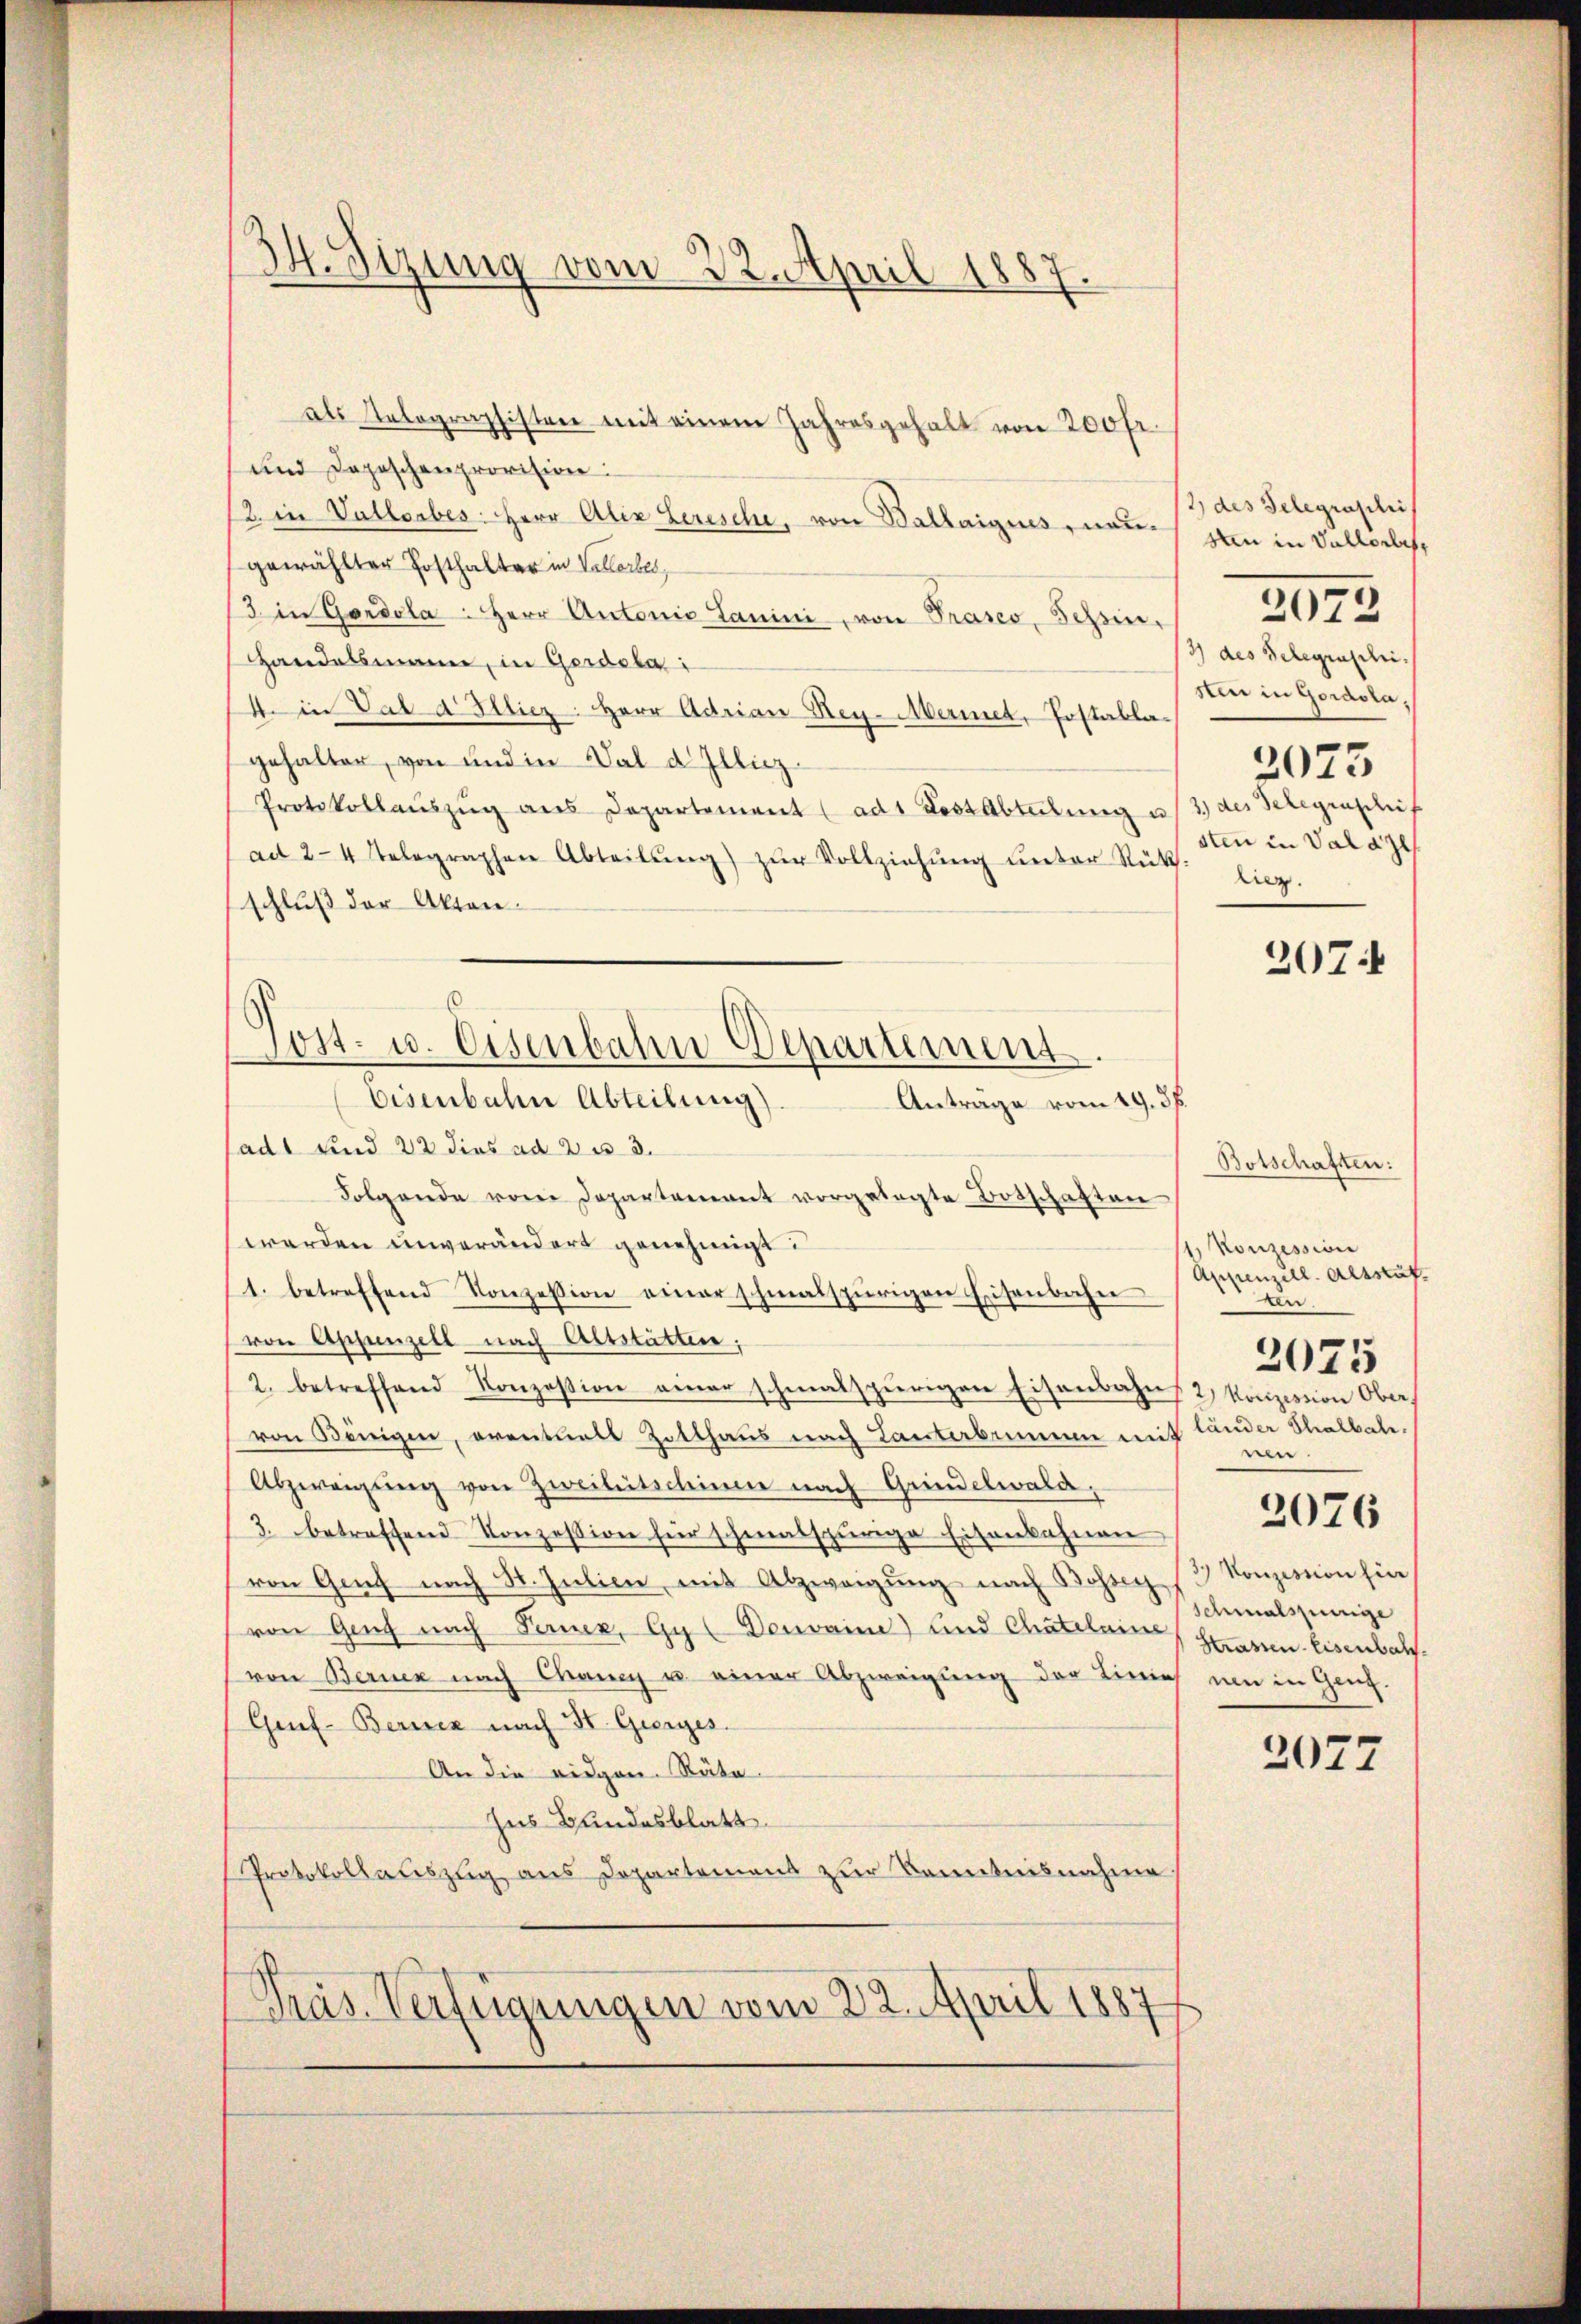
H. Sizung vom 22. April 1887

als Telegraphisten mit einem Jahresgehalt von 200fr.
und Doposchenprovision:
2. in Vallorbes Herr Alix Lerische, von Ballaigues neugewählter Posthalter in Vellerbe,
3 in Gordola: Herr Antonia Lanini, von Präses, Tessin,
Handelsmann, in Gerdota
4. in Val d Illiez. Herr Adrian Hey-Mermet, Postablagehalter, von und in Dal d. Illiz-
Protokollaŭszŭg ans Departement (ad 1 Fest Abteilung u. 3) des Telegraphis
ad 24 telographen Abteilŭng zŭr Vollziehŭng ŭnter Rück-
schluß der Akten.
Antrage vom 19. ds.
sadt und 22 dies ad 2 u 3.
Folgende von Departement vorgelegte Botschaften
werden unverändert genehmigt:
1. betreffend Konzession einer schmalspurigen Eisenbahn
von Appenzell nach Altstätten;
2. betreffend Konzession einer schmalspurigen Eisenbahns 2) Konzertion Ober
von Königen, eventuell Zollhaus nach Lanterbummen mit lander Schalbah
Abzweigung von Zweiheitschinne nach Grindelwald,
3. betreffend Konzession für schmalspurige Eisenbahnen
von Genf nach St. Julien, mit Abzweigung nach Bohren
von Genf nach Ferner, Gy (Denvaine) und Chatelain Strassen. Eisenbalvon Berner nach Chancy u. einer Abzweigung der Linie um in Genf.
Grf- Bericz nach St. Gierges.
An die eidgen. Räte
Ius Bundesblatt
Protokollauszug aus Departement zur Kenntnisnahme
Präs. Verfügungen vom 22. April 1887

6
Post- u. Eisenbahn-Departement.
Eisenbahn Abteilung)

2) des Telegraphis
san in Vallorbes,
3) des Gelegraschi.
Ain in Gordola.
2073
sten in Valaze
Az.
207:

2072

Botschaften:
Konzession
Appenzell Altauf¬
An
nen.
2076
3) Konzession hin
schmalspenige

2075

2077